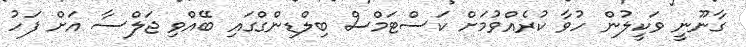
ގާނޫނީ ވަކީލުން ހުވާ ކުރެއްވުމަށް ކަސްޓަމްސް ބިލްޑިންގްގައި ބޭއްވި ޖަލްސާ އަށް ފަހު